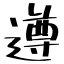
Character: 遵